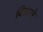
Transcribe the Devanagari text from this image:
दिसाने